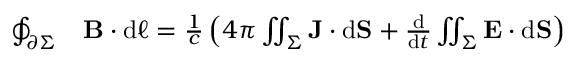
{ \begin{array} { r l } { \oint _ { \partial \Sigma } } & { \mathbf { B } \cdot \mathrm { d } { \boldsymbol { \ell } } = { \frac { 1 } { c } } \left( 4 \pi \iint _ { \Sigma } \mathbf { J } \cdot \mathrm { d } \mathbf { S } + { \frac { \mathrel { \mathrm { d } } } { \mathrm { d } t } } \iint _ { \Sigma } \mathbf { E } \cdot \mathrm { d } \mathbf { S } \right) } \end{array} }